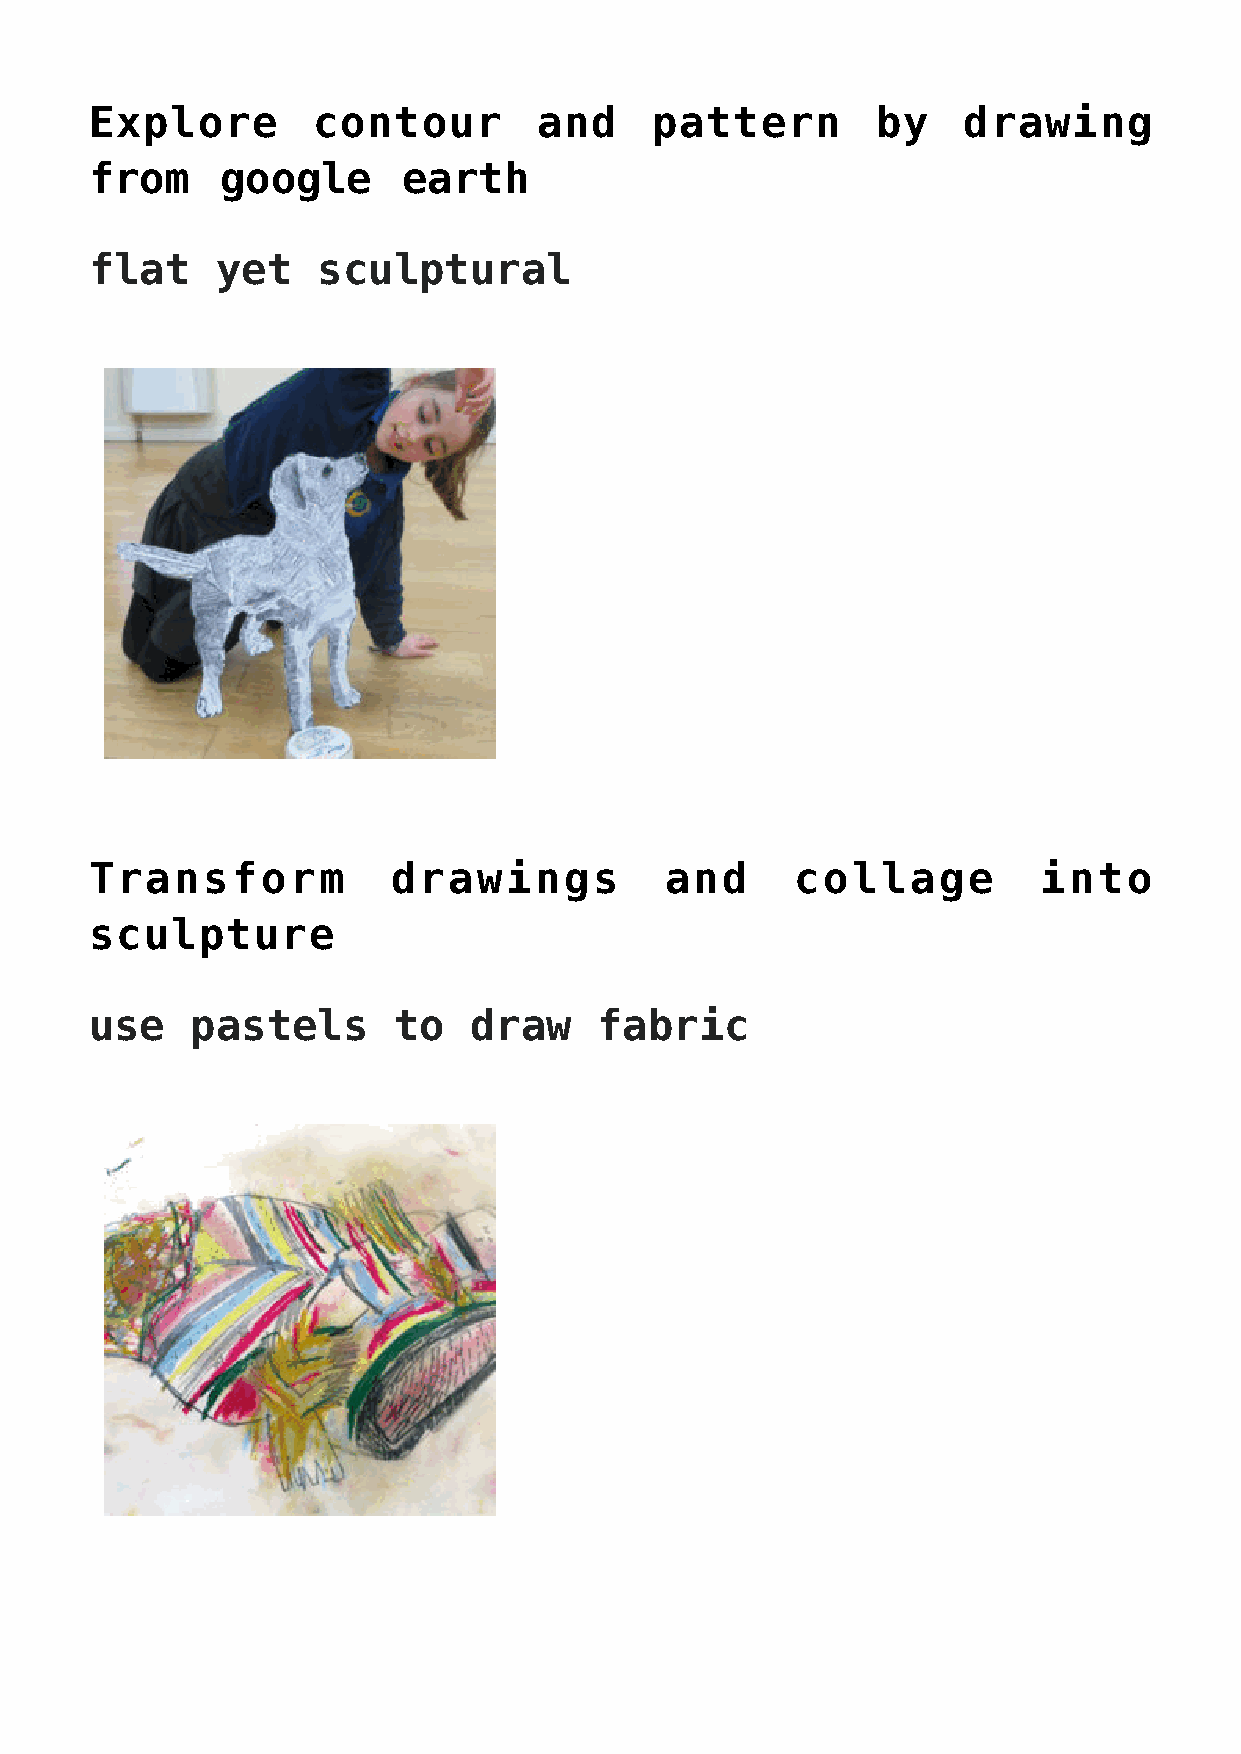
Explore        contour        and    pattern        by    drawing
 from     google      earth
 flat    yet    sculptural
 Transform           drawings          and      collage         into
 sculpture
 use    pastels      to   draw    fabric